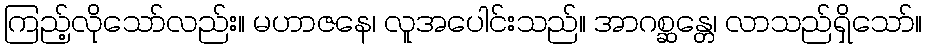
ကြည့်လိုသော်လည်း။ မဟာဇနေ၊ လူအပေါင်းသည်။ အာဂစ္ဆန္တေ၊ လာသည်ရှိသော်။